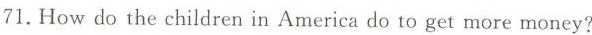
71.Howdo the children in America do to get more money?